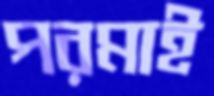
পরমাই